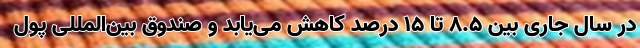
در سال جاری بین ۸.۵ تا ۱۵ درصد کاهش می‌یابد و صندوق بین‌المللی پول